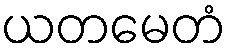
ယတမေတံ